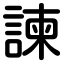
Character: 諫